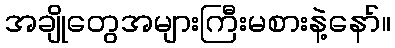
အချိုတွေအများကြီးမစားနဲ့နော်။